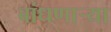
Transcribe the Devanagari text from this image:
बांधणार्‍या